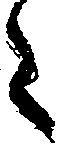
た